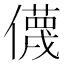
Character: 㒝